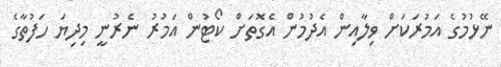
ނޭޅުމުގެ އަމުރަކަށް ވިލާއިން އެދުމުން އެގޮތަށް ކޯޓުން އަމުރު ނެރުނީ މިދިޔަ ހަފުތާގެ